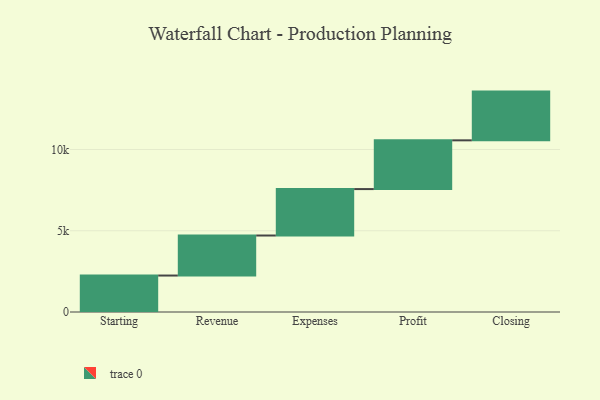
{"axis": {"x": "Step", "y": "Value"}, "legend": [""], "data": [{"x": "Starting", "y": 2244.0, "type": ""}, {"x": "Revenue", "y": 2464.0, "type": ""}, {"x": "Expenses", "y": 2858.0, "type": ""}, {"x": "Profit", "y": 3000, "type": ""}, {"x": "Closing", "y": 3000, "type": ""}]}